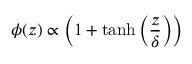
\phi ( z ) \propto \left( 1 + \operatorname { t a n h } \left( \frac { z } { \delta } \right) \right)